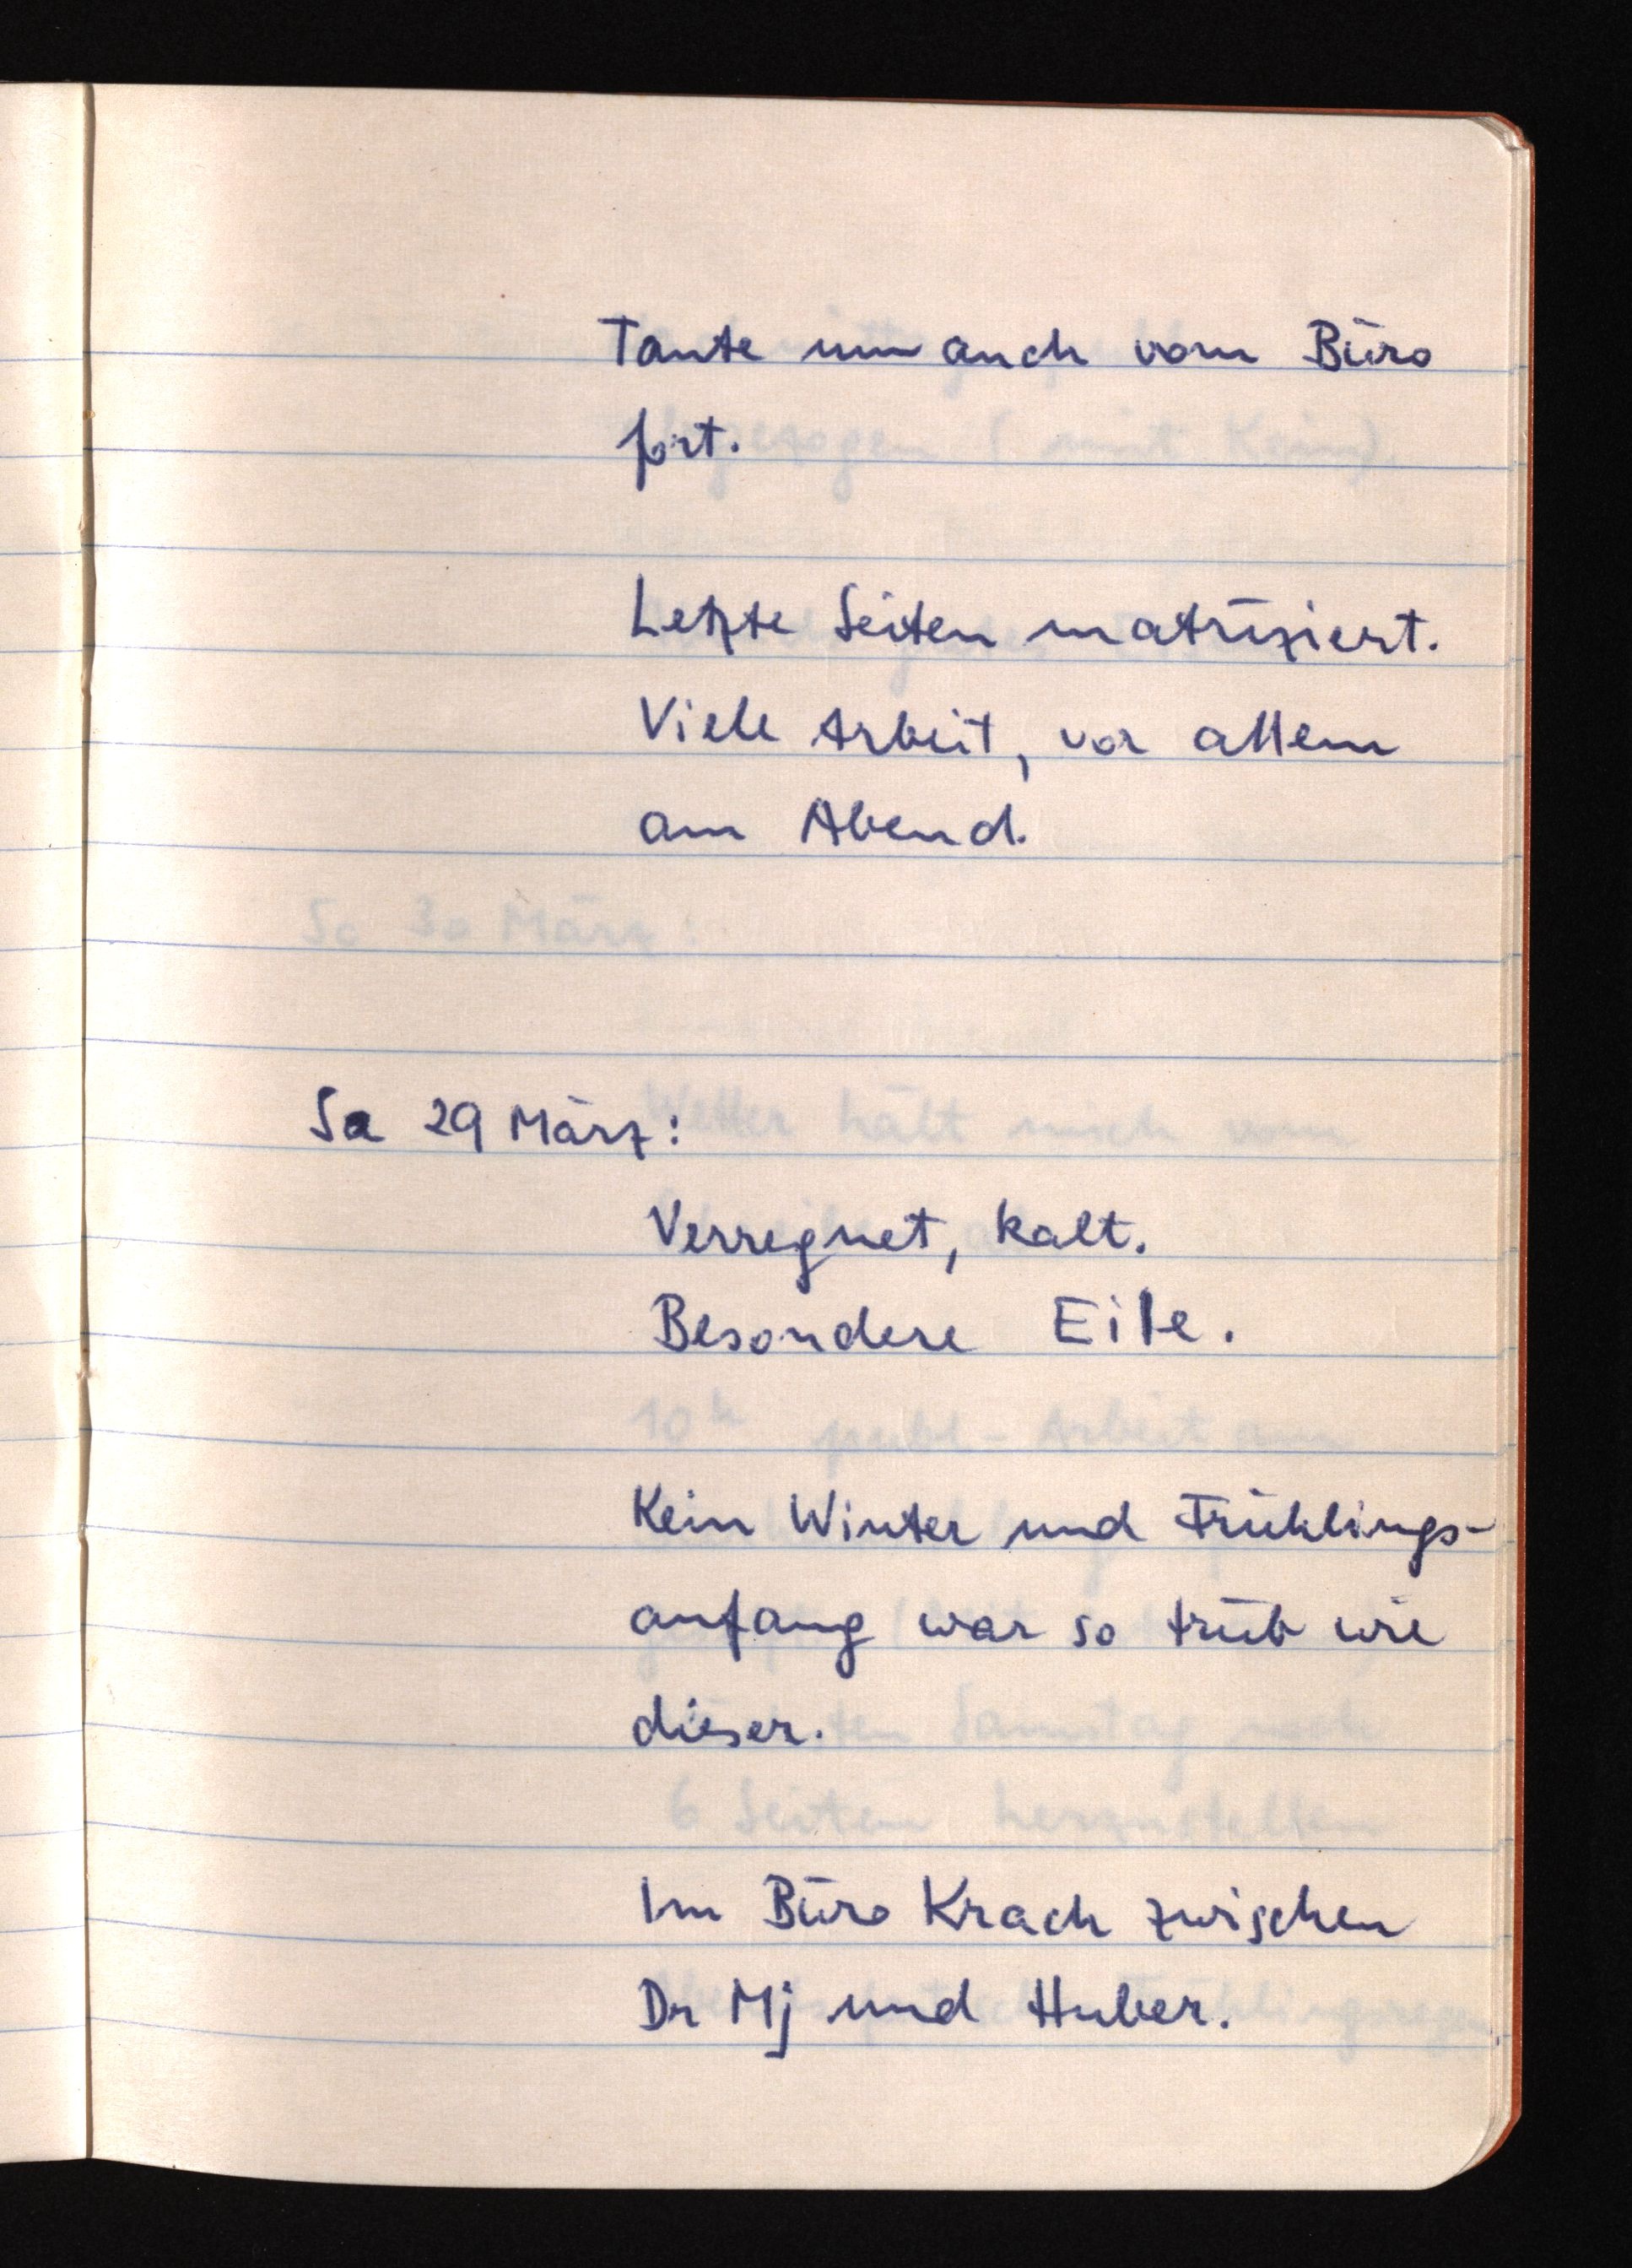
Tante nun auch vom Büro
fort.
Letzte Seiten matriziert.
Viele Arbeit, vor allem
am Abend.
Sa 29 März:
Verregnet, kalt.
Besondere Eile.
Kein Winter und Frühlings¬
anfang war so trüb wie
dieser.
Im Büro Krach zwischen
Dr. Mj und Huber.